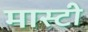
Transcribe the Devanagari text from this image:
मास्टी